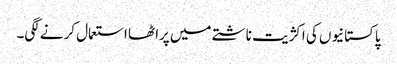
پاکستانیوں کی اکژیت ناشتے میں پراٹھا استعمال کرنے لگی۔